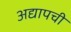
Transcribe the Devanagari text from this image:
अद्यापची